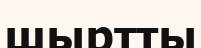
шыртты